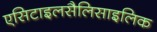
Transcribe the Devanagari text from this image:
एसिटाइलसैलिसाइलिक